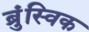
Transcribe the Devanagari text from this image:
ब्रुंस्विक